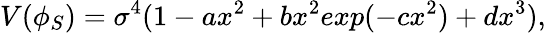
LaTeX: V(\phi_{S})=\sigma^{4}(1-ax^{2}+bx^{2}exp(-cx^{2})+dx^{3}),